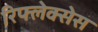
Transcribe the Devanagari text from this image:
रिफ्लेक्सेस